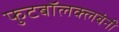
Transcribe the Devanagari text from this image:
फुटबॉलक्लबंनी